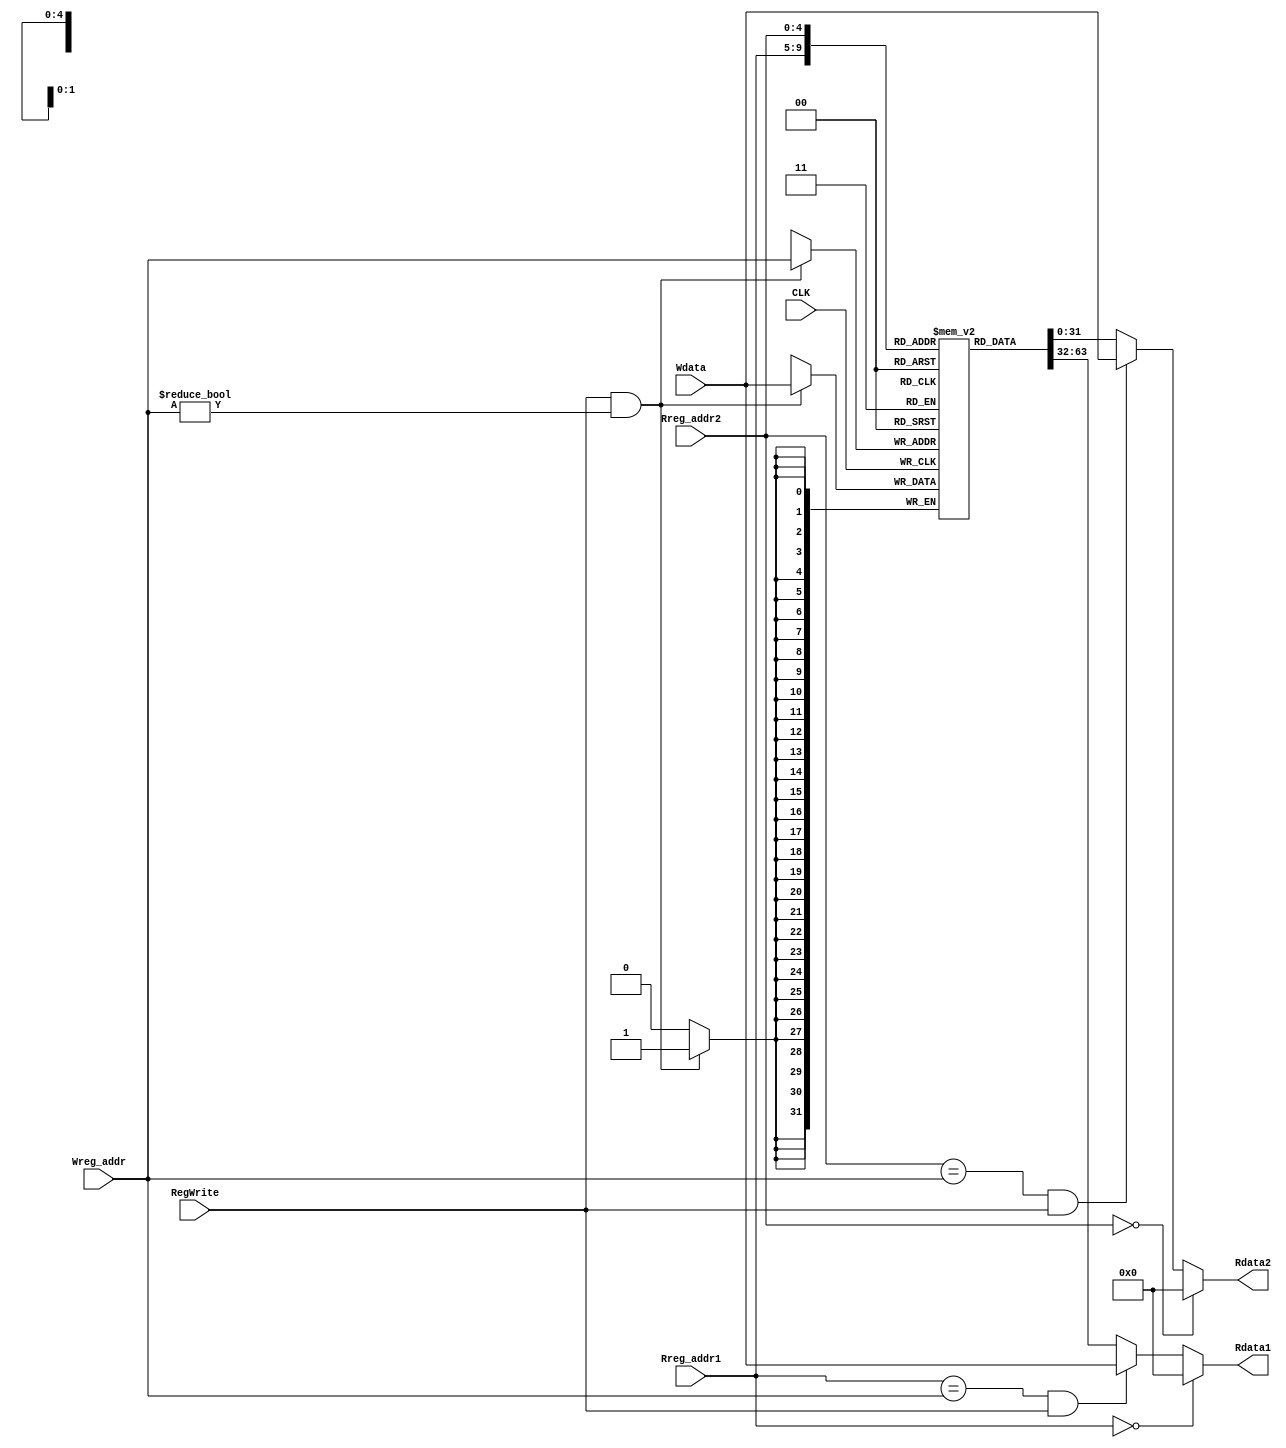
// `define DEBUG_CPU_REG 0
module Register(
		input wire CLK,
		input wire RegWrite, // control signal
		input wire [4:0] Rreg_addr1, Rreg_addr2,
		input wire [4:0] Wreg_addr,
		input wire [31:0] Wdata,
		output reg [31:0] Rdata1, Rdata2 );

reg [31:0] mem [0:31];  // 32-bit memory with 32 entries

initial
begin
	// $display("$v0, $v1, $t0, $t1, $t2, $t3, $t4, $t5, $t6, $t7");
	//$monitor("%b, %b, %b, %b, %b, %b, %b, %b, %b, %b",
		//mem[0][31:0],		/* $zero */
		//mem[16][31:0],	/* $s0 */
		//mem[17][31:0],	/* $s1 */
		//mem[18][31:0],	/* $s2 */
		//mem[19][31:0],	/* $s3 */
		//mem[20][31:0],	/* $s4 */
		//mem[21][31:0],	/* $s5 */
		//mem[22][31:0],	/* $s6 */
		//mem[23][31:0]		/* $s7 */
		//);
	mem[0] = 32'd0; // $zero = 0;
	mem[1] = 32'd0;
	mem[2] = 32'd0;
	mem[3] = 32'd0;
	mem[4] = 32'd0;
	mem[5] = 32'd0;
	mem[6] = 32'd0;
	mem[7] = 32'd0;
	mem[8] = 32'd0;
	mem[9] = 32'd0;
	mem[10] = 32'd0;
	mem[11] = 32'd0;
	mem[12] = 32'd0;
	mem[13] = 32'd0;
	mem[14] = 32'd0;
	mem[15] = 32'd0;
	mem[16] = 32'd0;
	mem[17] = 32'd0;
	mem[18] = 32'd0;
	mem[19] = 32'd0;
	mem[20] = 32'd0;
	mem[21] = 32'd0;
	mem[22] = 32'd0;
	mem[23] = 32'd0;
	mem[24] = 32'd0;
	mem[25] = 32'd0;
	mem[26] = 32'd0;
	mem[27] = 32'd0;
	mem[28] = 32'd0;
	mem[29] = 32'd0;
	mem[30] = 32'd0;
	mem[31] = 32'd0;
end

always @(*)
begin
	if (Rreg_addr1 == 5'd0) // $zero
		Rdata1 = 32'd0;
	else if (Rreg_addr1 == Wreg_addr & RegWrite)
		Rdata1 = Wdata;
	else
		Rdata1 = mem[Rreg_addr1];
end

always @(*)
begin
	if (Rreg_addr2 == 5'd0) // $zero
		Rdata2 = 32'd0;
	else if (Rreg_addr2 == Wreg_addr & RegWrite)
		Rdata2 = Wdata;
	else
		Rdata2 = mem[Rreg_addr2];
end

always @(posedge CLK)
begin
	if (RegWrite && Wreg_addr != 5'd0) // $zero can not be changed.
	begin
		// write a non $zero register
		mem[Wreg_addr] <= Wdata;

	end
end
endmodule